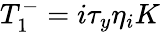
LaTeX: T_{1}^{-}=i\tau_{y}\eta_{i}K